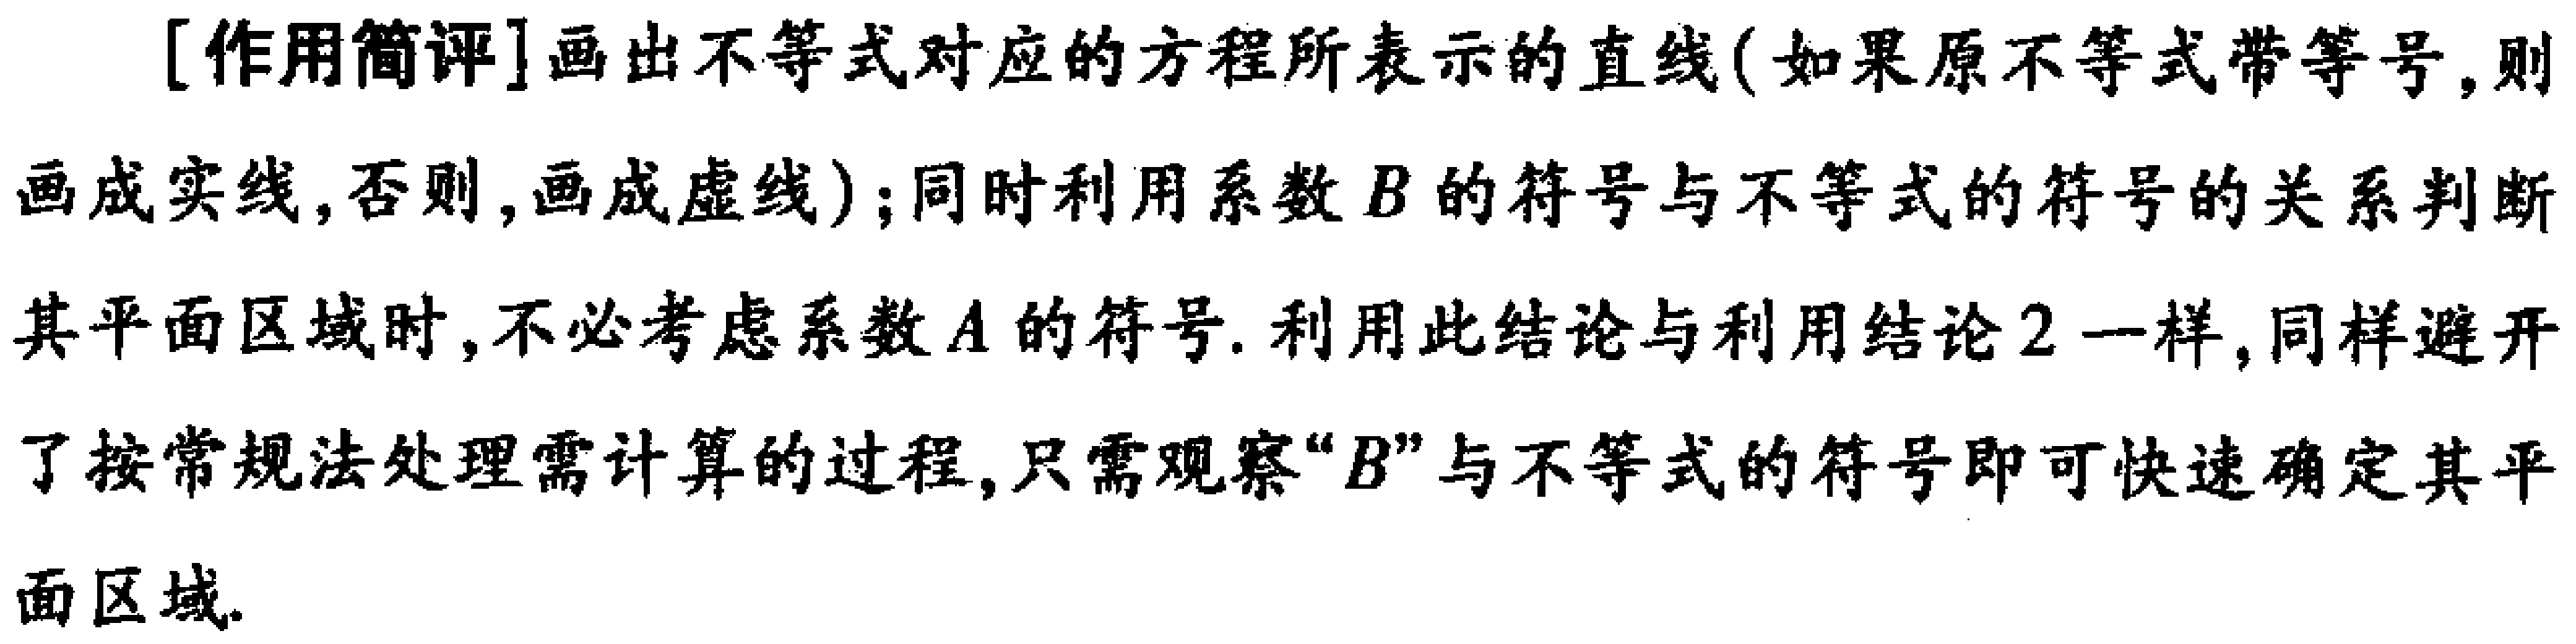
[作用简评]画出不等式对应的方程所表示的直线(如果原不等式带等号,则画成实线,否则,画成虚线);同时利用系数\(B\)的符号与不等式的符号的关系判断其平面区域时,不必考虑系数\(A\)的符号. 利用此结论与利用结论\(2\)一样,同样避开了按常规法处理需计算的过程,只需观察“\(B\)”与不等式的符号即可快速确定其平面区域.